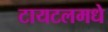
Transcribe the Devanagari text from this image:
टायटलमधे